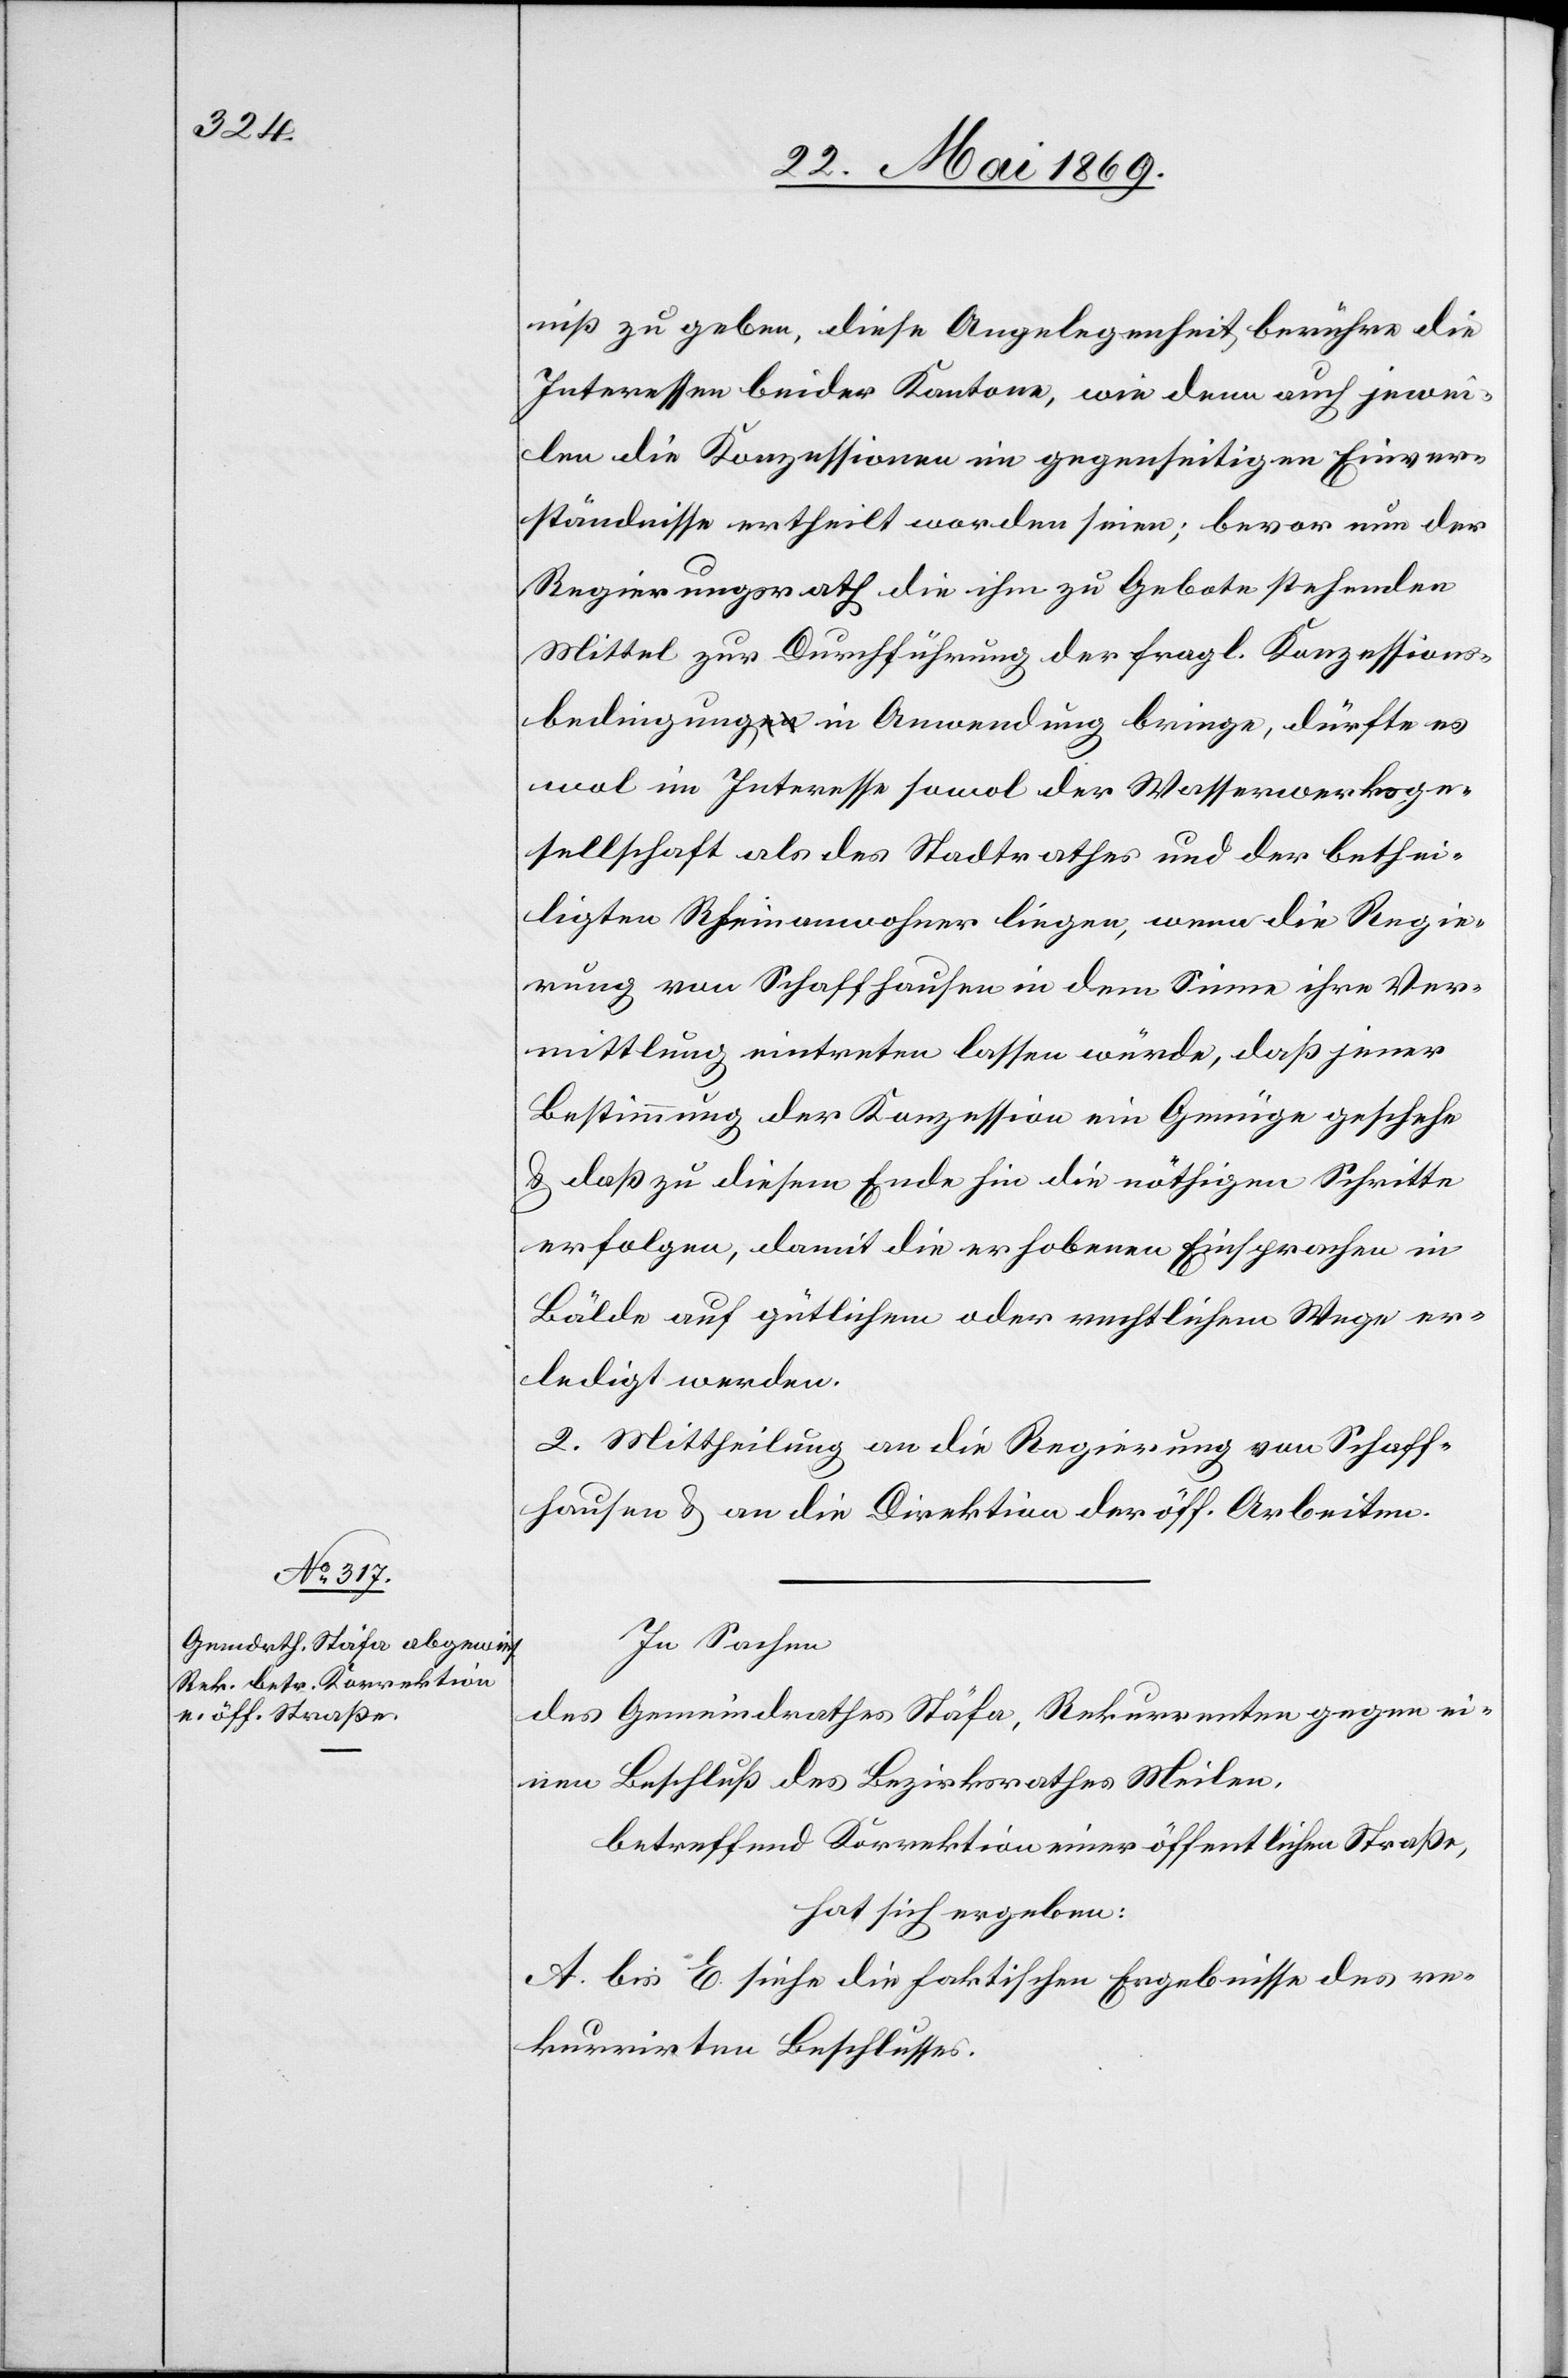
niß zu geben, diese Angelegenheit berühre die
Interessen beider Kantone, wie denn auch jewei¬
len die Konzessionen im gegenseitigen Einver¬
ständnisse ertheilt worden seien; bevor nun der
Regierungsrath die ihm zu Gebote stehenden
Mittel zur Durchführung der fragl. Konzessions¬
bedingung in Anwendung bringe, dürfte es
wol im Interesse sowol der Wasserwerksge¬
sellschaft als des Stadtrathes und der bethei¬
ligten Rheinanwohner liegen, wenn die Regie¬
rung von Schaffhausen in dem Sinne ihre Ver¬
mittlung eintreten lassen würde, daß jener
Bestimmung der Konzession ein Genüge geschehe
u. daß zu diesem Ende hin die nöthigen Schritte
erfolgen, damit die erhobenen Einsprachen in
Bälde auf gütlichem oder rechtlichem Wege er¬
ledigt werden.
2. Mittheilung an die Regierung von Schaff¬
hausen u. an die Direktion der öff. Arbeiten.
In Sachen
des Gemeindrathes Stäfa, Rekurrenten gegen ei¬
nen Beschluß des Bezirksrathes Meilen,
betreffend Korrektion einer öffentlichen Straße,
hat sich ergeben:
A. bis E. siehe die faktischen Ergebnisse des re¬
kurrirten Beschlusses.